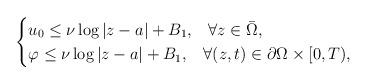
LaTeX: \begin{align*} \begin{cases} u_0\leq \nu\log|z-a|+B_1,\;\;\;\forall z\in \bar{\Omega},\\ \varphi\leq \nu\log|z-a|+B_1,\;\;\;\forall (z,t)\in\partial\Omega\times [0,T), \end{cases} \end{align*}